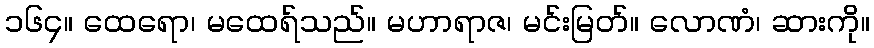
၁၆၄။ ထေရော၊ မထေရ်သည်။ မဟာရာဇ၊ မင်းမြတ်။ လောဏံ၊ ဆားကို။